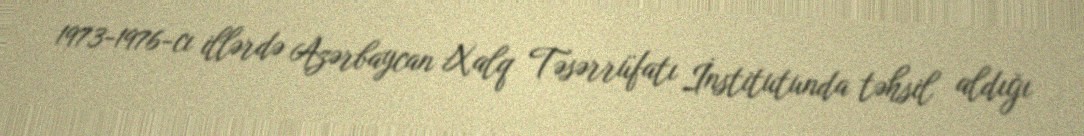
1973-1976-cı illərdə Azərbaycan Xalq Təsərrüfatı İnstitutunda təhsil aldığı